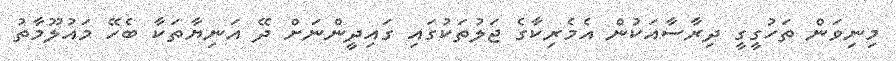
މިނިވަން ތަހުގީގީ ދިރާސާއަކުން އެމެރިކާގެ ޖަލުތަކުގައި ގައިދީންނަށް ދޭ އަނިޔާތަކާ ބެހޭ މައުލޫމާތު